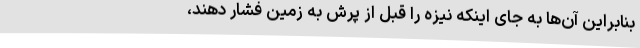
بنابراین آن‌ها به جای اینکه نیزه را قبل از پرش به زمین فشار دهند،